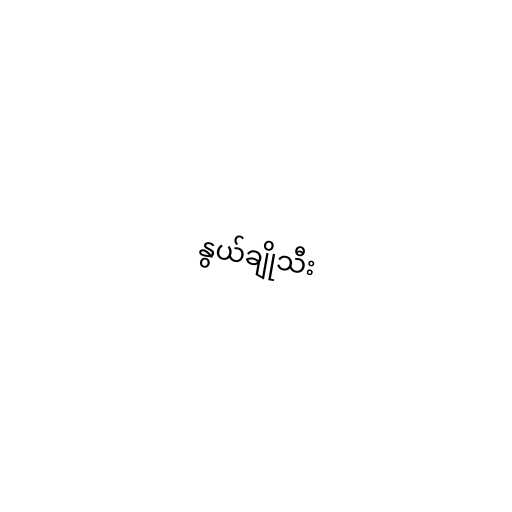
နွယ်ချိုသီး